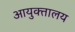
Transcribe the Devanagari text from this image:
आयुक्‍तालय